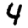
Digit: 4